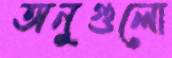
অনুগুলো